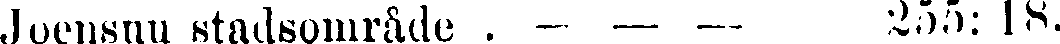
Joensuu stadsområde . — — — 255: 18.